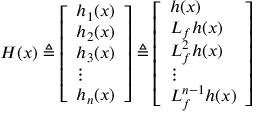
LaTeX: H ( x ) \triangleq { \left[ \begin{array} { l } { h _ { 1 } ( x ) } \\ { h _ { 2 } ( x ) } \\ { h _ { 3 } ( x ) } \\ { \vdots } \\ { h _ { n } ( x ) } \end{array} \right] } \triangleq { \left[ \begin{array} { l } { h ( x ) } \\ { L _ { f } h ( x ) } \\ { L _ { f } ^ { 2 } h ( x ) } \\ { \vdots } \\ { L _ { f } ^ { n - 1 } h ( x ) } \end{array} \right] }